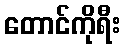
တောင်ကိုရီး